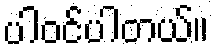
ပါဝင်ပါတယ်။